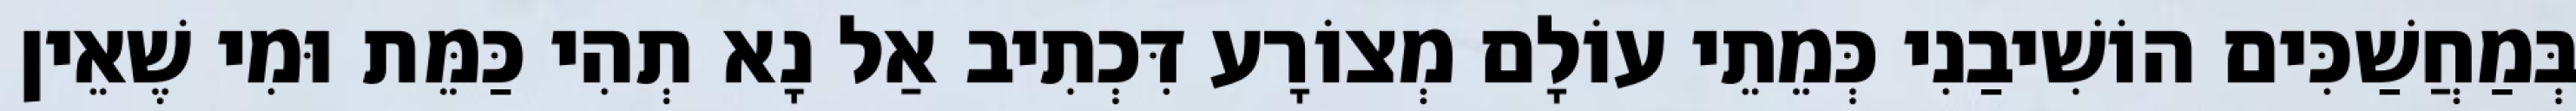
בְּמַחֲשַׁכִּים הוֹשִׁיבַנִי כְּמֵתֵי עוֹלָם מְצוֹרָע דִּכְתִיב אַל נָא תְהִי כַּמֵּת וּמִי שֶׁאֵין